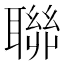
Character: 聯